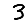
Digit: 3